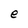
Character: e